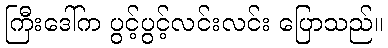
ကြီးဒေါ်က ပွင့်ပွင့်လင်းလင်း ပြောသည်။